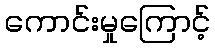
ကောင်းမှုကြောင့်